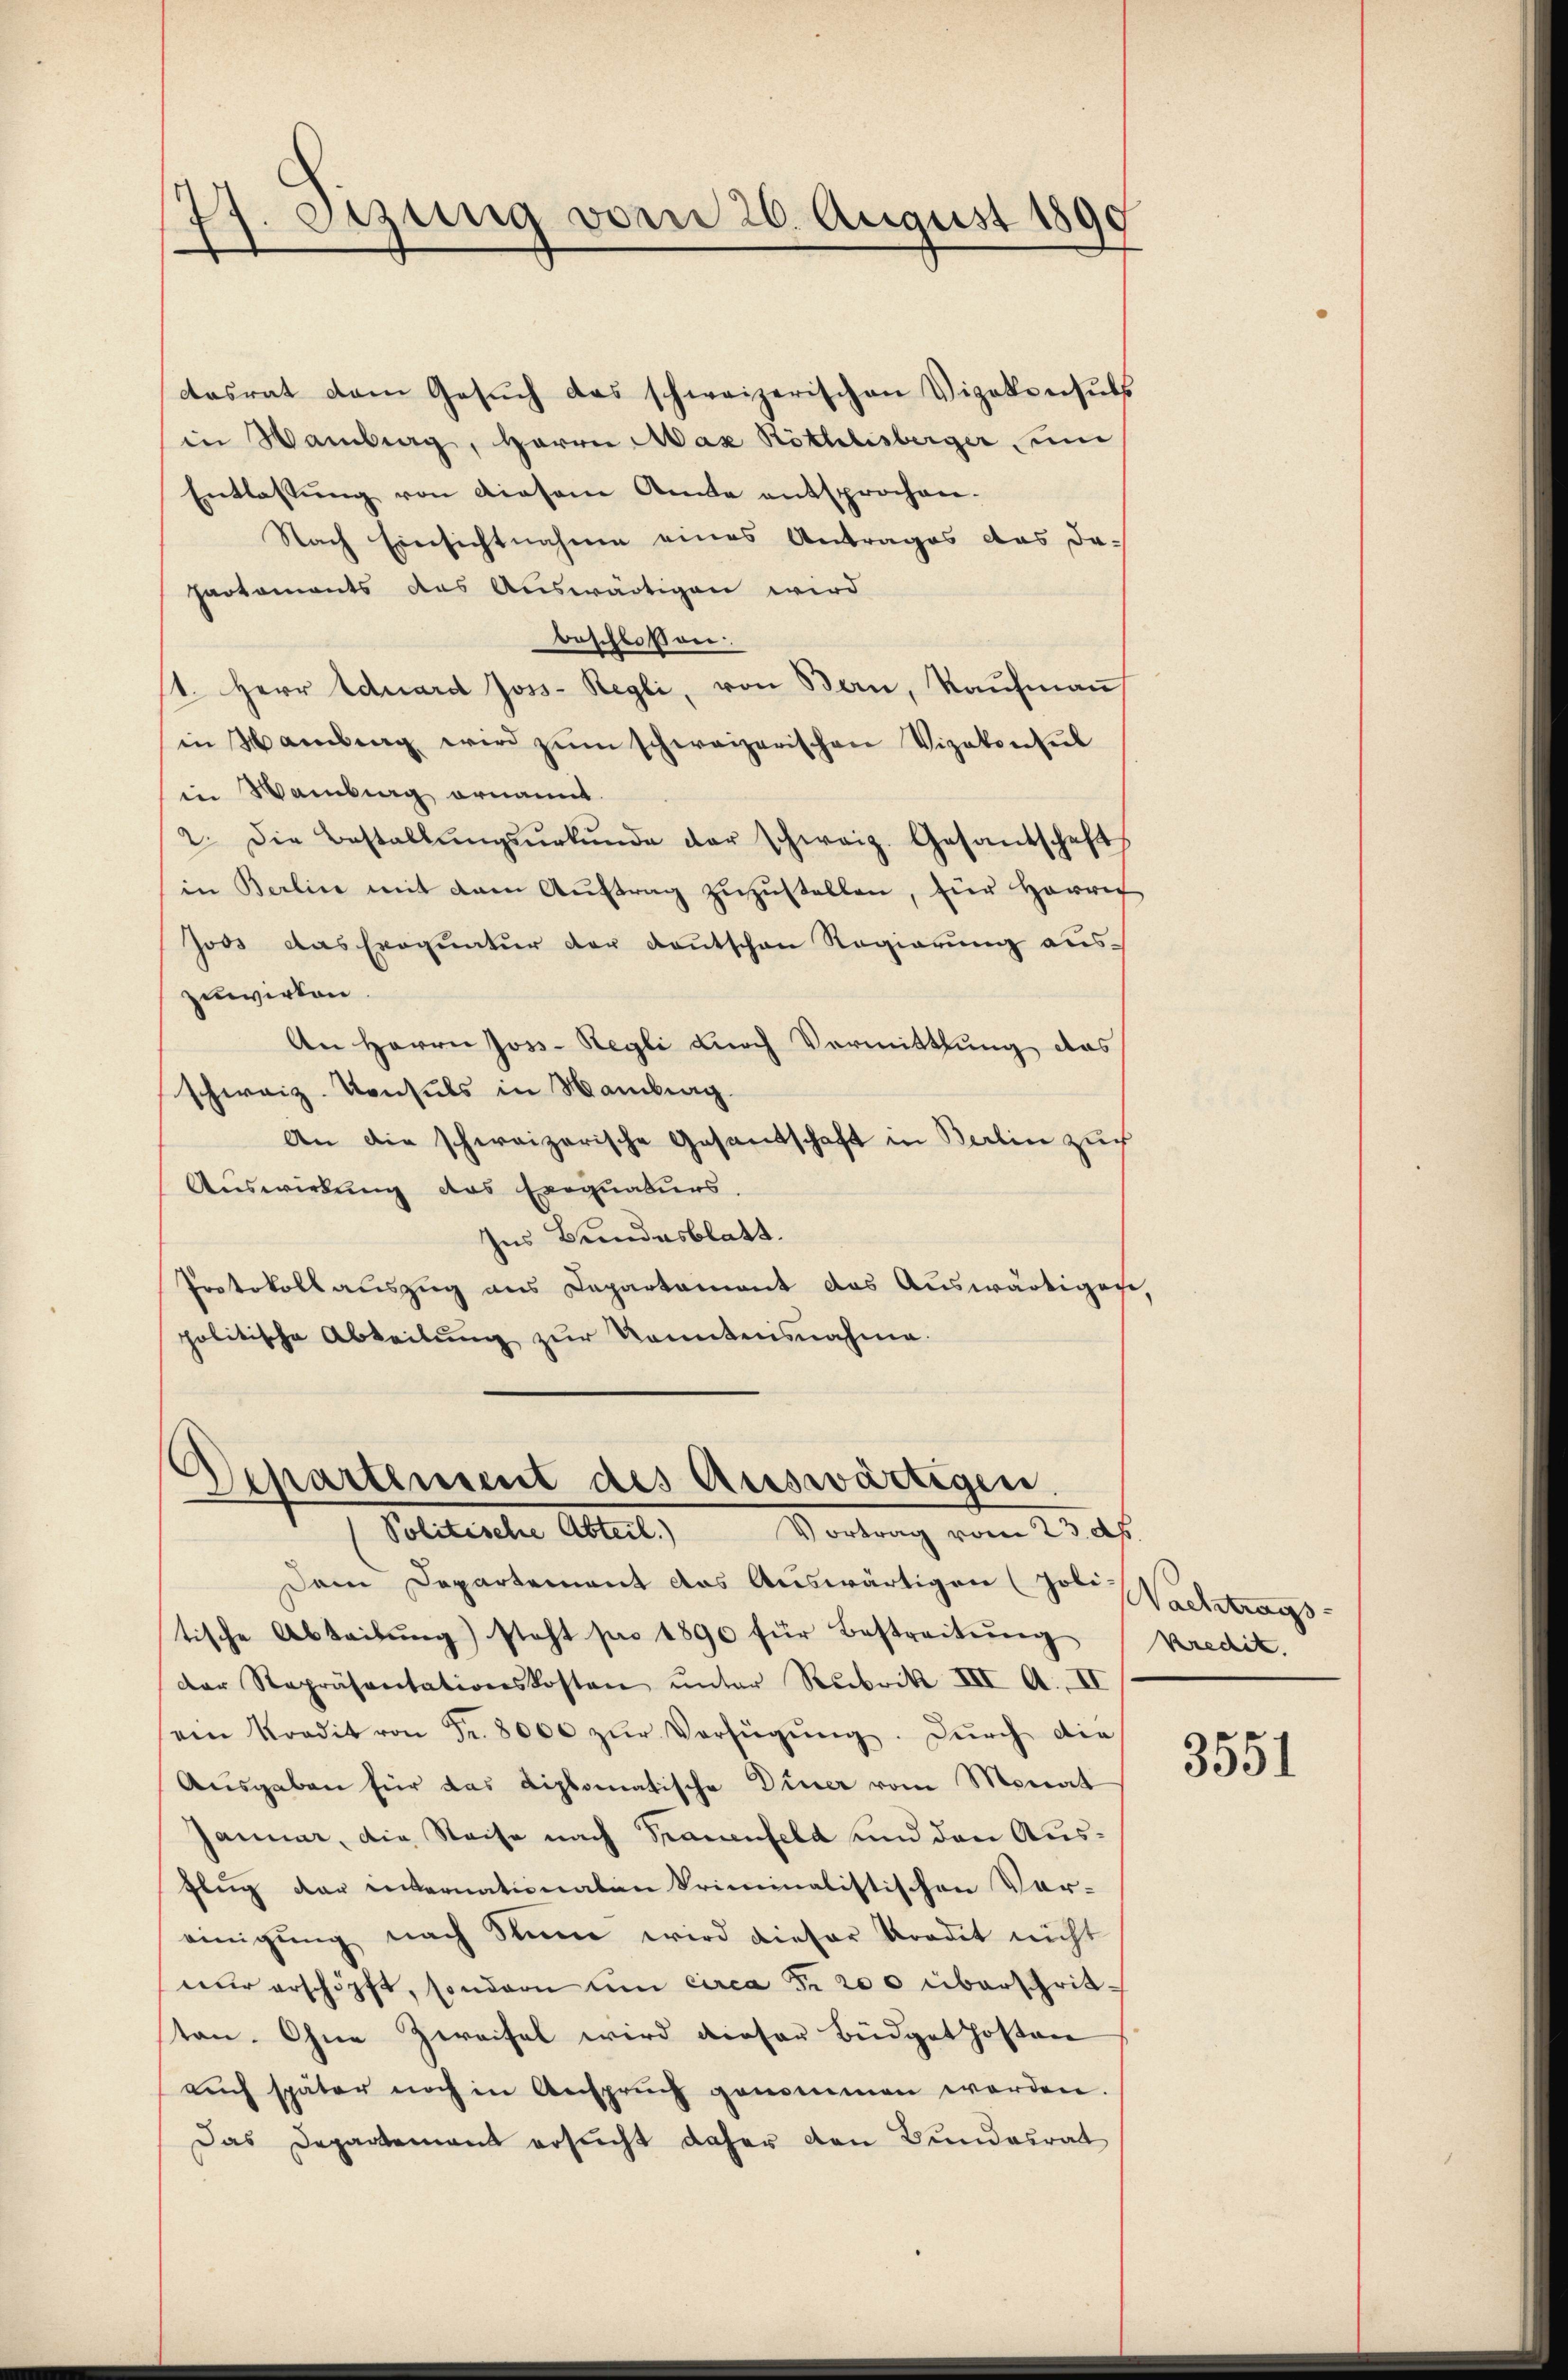
Sizung vom 26. August 1890
I

dasrat dem Gesŭch das schweizerischen Vizekonsuls
in Waiberg, Herrn Max Röthlisberger un
Entlassŭng von diesem Amte entsprochen.
Nach Einsichtnahme eines Antrages das da¬
Partements des Auswärtigen wird
beschlossen:
1. Herr Eduard Joss-Regli, von Bern, Kaŭfmaṅ
in Hamberg wird zŭm schweizerischen Vizekonseil
in Waiberg ernannt.
2. Die Bestallŭngsŭrkŭnde der schweiz. Gesandschafts
in Berlin mit dem Aŭftrag zŭzŭstellen, hier Herrec
Joos das Exequatur der Deutschen Regierung auszuwirken.
An Herrn Joss-Regli durch Vermittlung das
schweiz. Konsuls in Hamburg.
An die schweizerische Gesandschaft in Berlin zuf
Auswirkung das Exequaturs.
Ins Bundesblatt.
Protokollauszug aus Departement das Auswärtigen,
politische Abteilung zur konntensnahme.

Departement des Auswärtigen
Politirten Abteil,
Vortrag vom 23. d.

Dem Departement das Auswärtigen Jos. Nachtrags
tische Abteilŭng steht pro 1890 für Bestreitŭng
der Repräsentationskosten unter Rubrik III A. II
ein Kredit von Fr. 8000 zŭr Verfügŭng. Durch die
Ausgaben für das diplomatische Diner vom Monat
Januar, die Reise nach Trauenfeld und den Ausflug der internationaten kriminalistischen Vor-
einigung nach Stimme wird dieser Kredit nicht
nur erschöpft, sondern um circa Fr. 200 überschritten. Ohne Zweifel wird dieser Büdget hoften
auch später noch in Anspruch genommen worden.
Das Departement ersucht daher den Bundesrat

Kredit.

3551